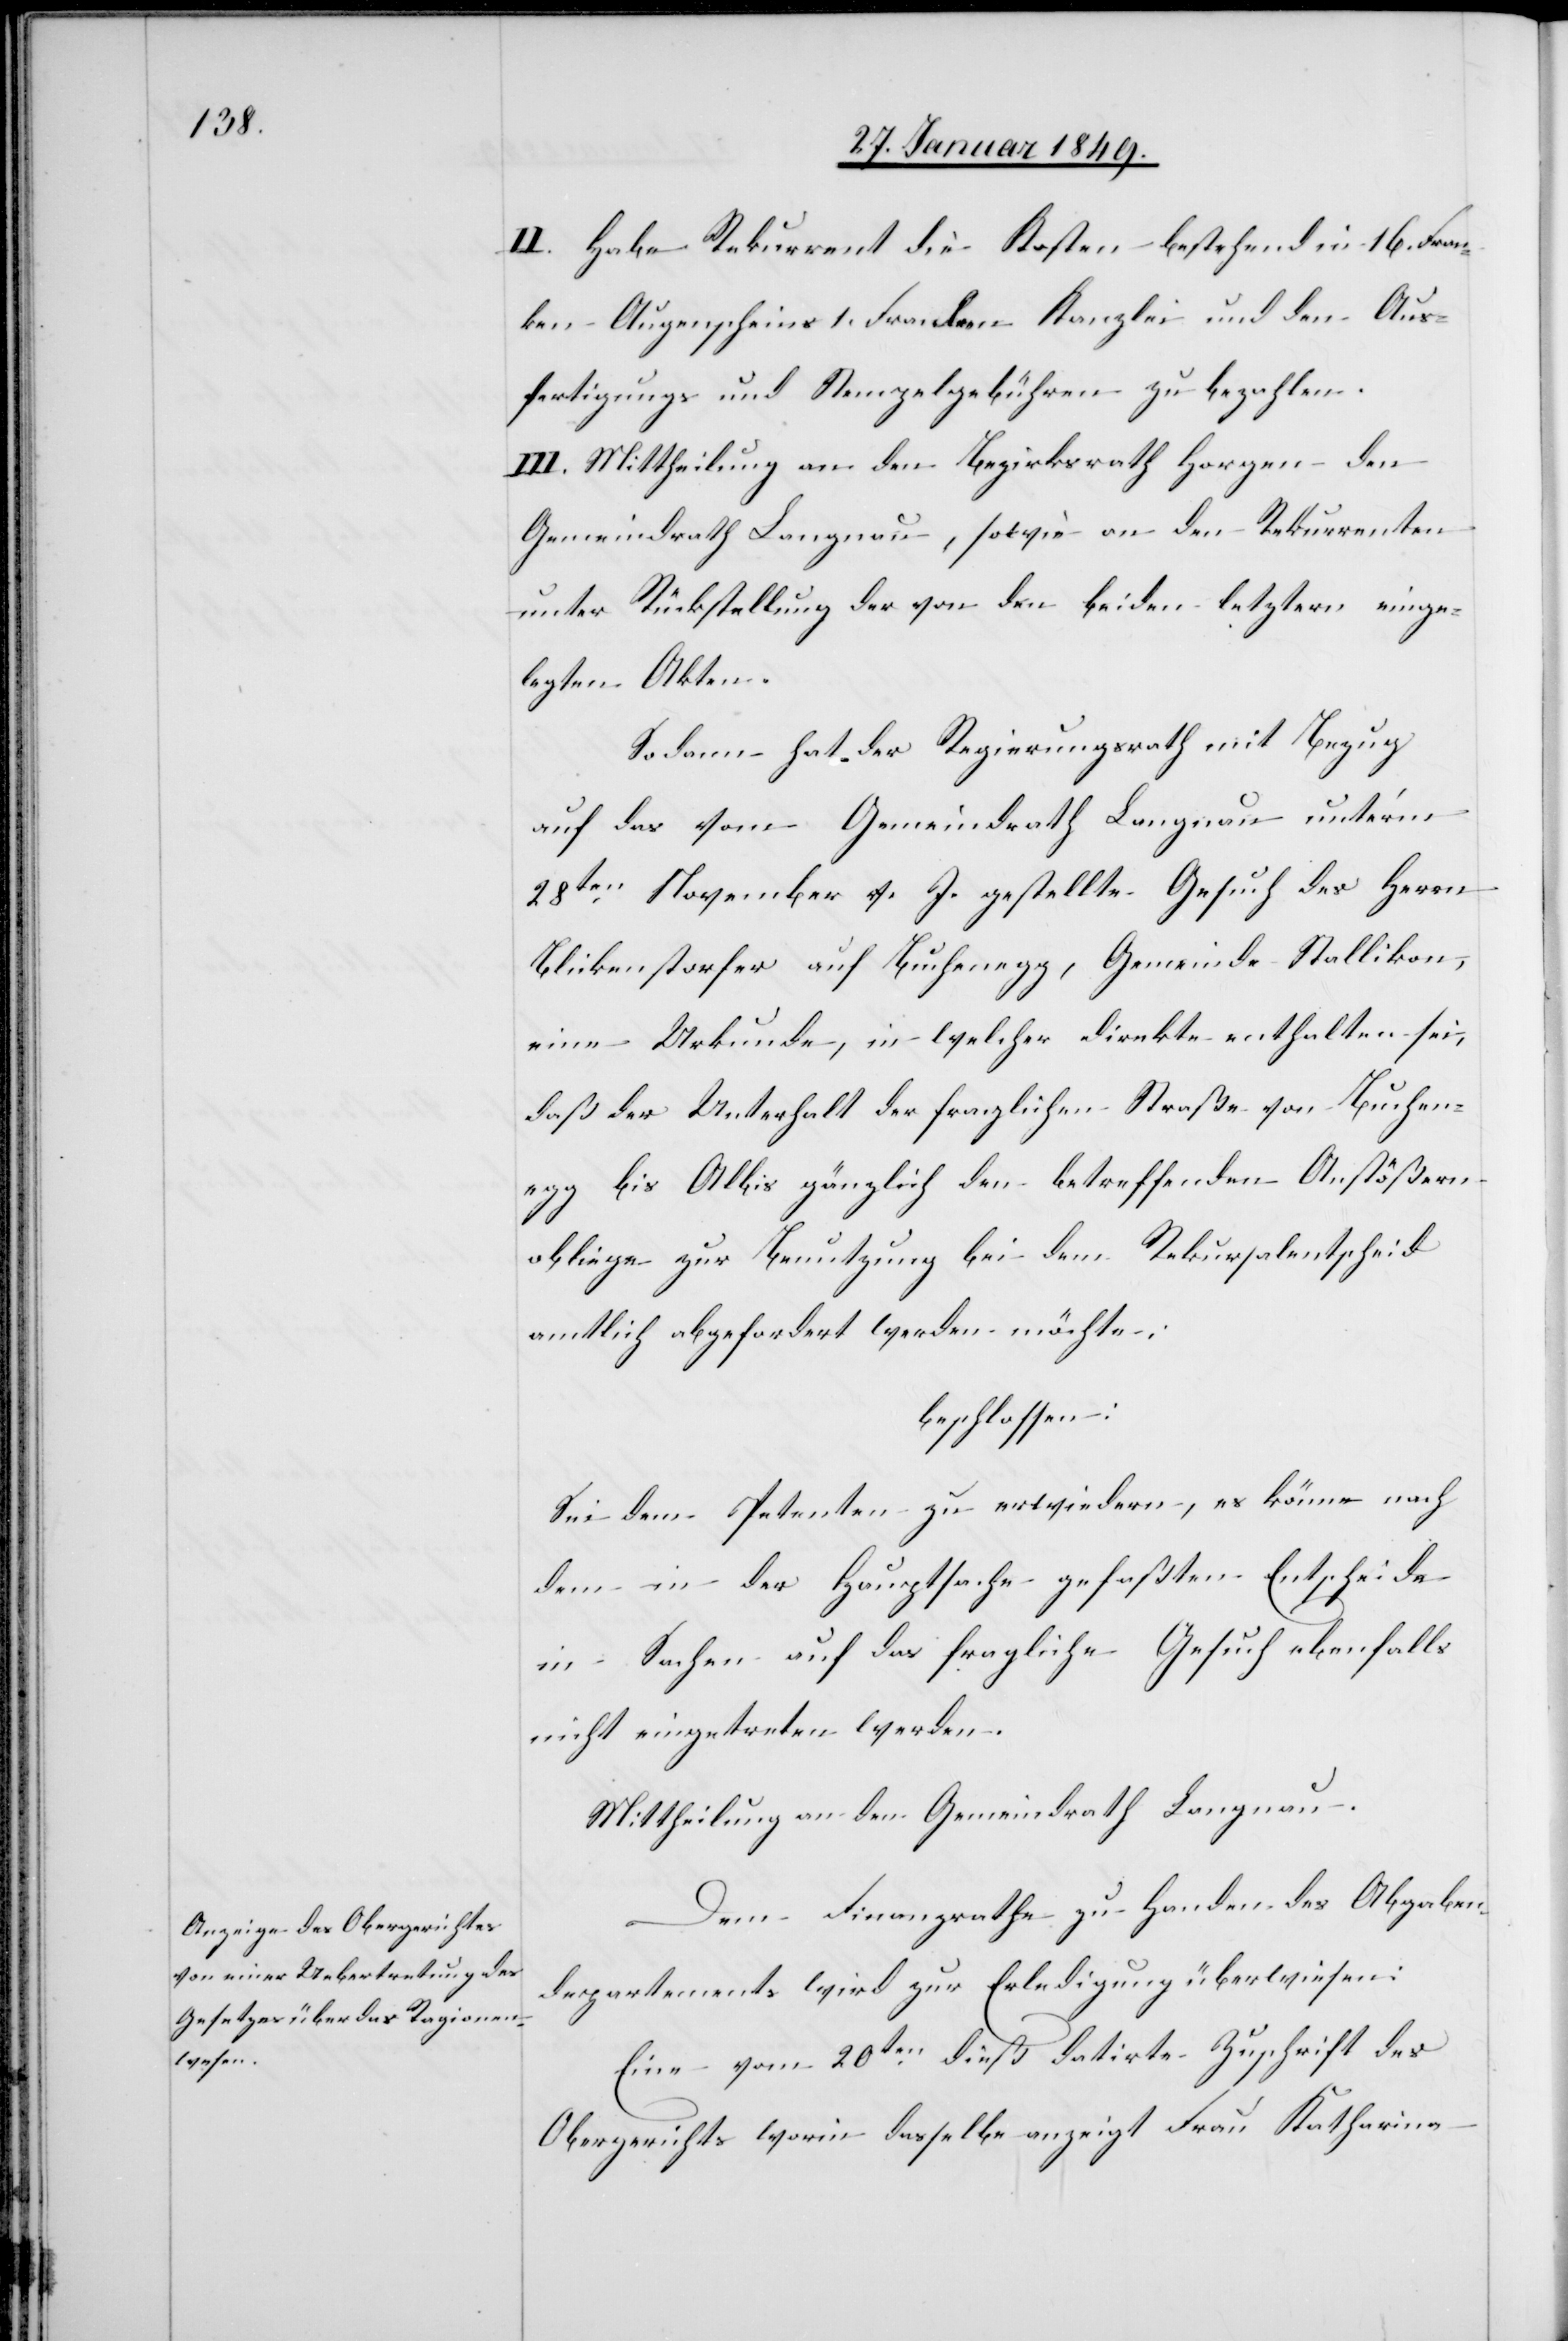
II. Habe Rekurrent die Kosten bestehend in 16. Fran¬
ken Augenscheins 1. Franken Kanzlei und den Aus¬
fertigungs und Stempelgebühren zu bezahlen.
III. Mittheilung an den Bezirksrath Horgen den
Gemeindrath Langnau, sowie an den Rekurrenten
unter Rückstellung der von den beiden letztern einge¬
legten Akten.
Sodann hat der Regierungsrath mit Bezug
auf das vom Gemeindrath Langnau unter’m
28ten. November v. J. gestellte Gesuch des Herrn
Blickenstorfer auf Buchenegg, Gemeinde Stallikon,
eine Urkunde, in welcher direkte enthalten sei,
daß der Unterhalt der fraglichen Straße von Buchen¬
egg bis Albis gänzlich den betreffenden Anstößern
obliege zur Benutzung bei dem Rekursalentscheid
amtlich abgefordert werden möchte;
beschlossen:
Sei dem Petenten zu erwiedern, es könne nach
dem in der Hauptsache gefaßten Entscheide
in Sachen auf das fragliche Gesuch ebenfalls
nicht eingetreten werden.
Mittheilung an den Gemeindrath Langnau.
Dem Finanzrathe zu Handen des Abgaben¬
departements wird zur Erledigung überwiesen:
Eine vom 20ten. dieß datirte Zuschrift des
Obergerichts worin dasselbe anzeigt Frau Katharina